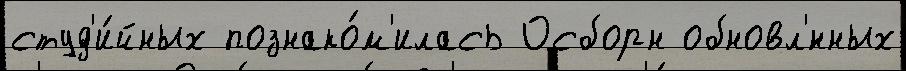
студ'и́йных познако́м'илась Осборн обновл'́нных